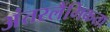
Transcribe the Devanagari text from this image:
अंतरलैंगिकता